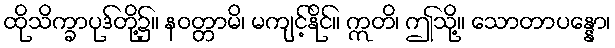
ထိုသိက္ခာပုဒ်တို့၌။ နဝတ္တာမိ၊ မကျင့်နိုင်။ ဣတိ၊ ဤသို့။ သောတာပန္နော၊